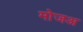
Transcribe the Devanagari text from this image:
मोजअ